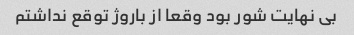
بی نهایت شور بود وقعا از باروژ توقع نداشتم